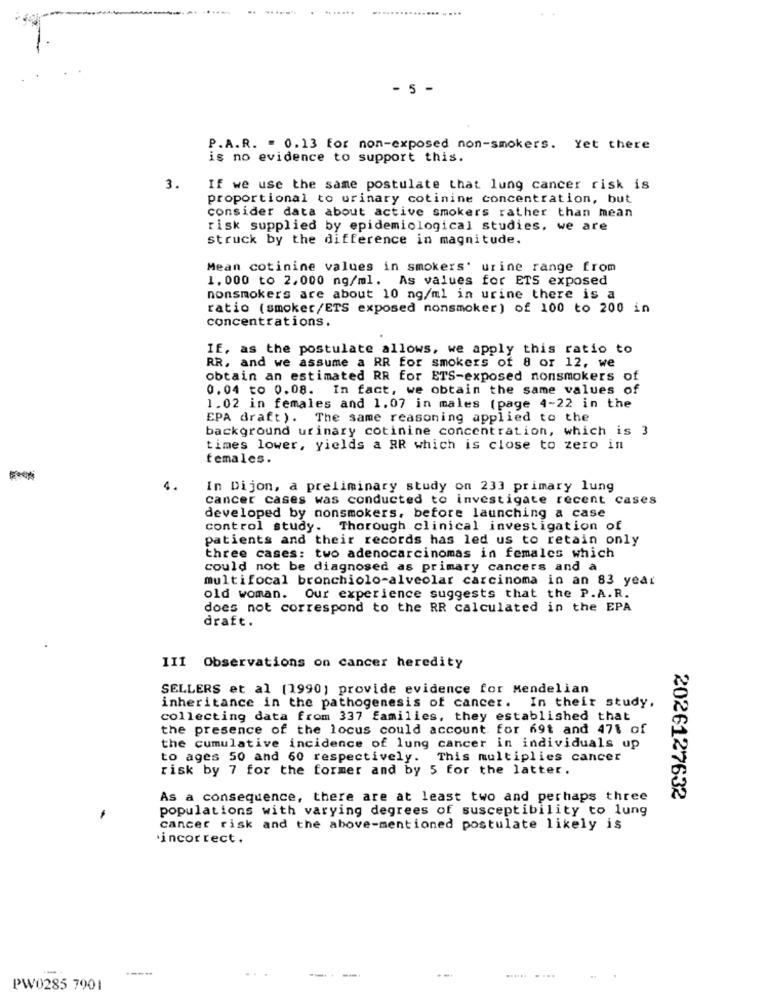
- 5 -
P.A.R. - 0.13 for non-exposed non-smokers. Yet there
is no evidence to support this.
3.
If we use the same postulate that lung cancer risk is
proportional to urinary cotinine concentration, but
consider data about active smokers rather than mean
risk supplied by epidemiological studies, we are
struck by the difference in magnitude.
Mean cotinine values in smokers' urine range from
1. 000 to 2,000 ng/ml. As values for ETS exposed
nonsmokers are about 10 ng/ml in urine there is a
ratio (smoker/ETS exposed nonsmoker) of 100 to 200 in
concentrations.
If, as the postulate allows, we apply this ratio to
RR, and we assume a RR for smokers of 8 or 12, we
obtain an estimated RR for ETS-exposed nonsmokers of
0.04 to 0.08. In fact, we obtain the same values of
1.02 in females and 1.07 in males (page 4-22 in the
EPA draft). The same reasoning applied to the
background urinary cotinine concentration, which is 3
times lower, yields a RR which is close to zero in
females.
4.
In Dijon, a preliminary study on 233 primary lung
cancer cases was conducted to investigate recent cases
developed by nonsmokers, before launching a case
control study. Thorough clinical investigation of
patients and their records has led us to retain only
three cases: two adenocarcinomas in females which
could not be diagnosed as primary cancers and a
multifocal bronchiolo-alveolar carcinoma in an 83 year
old woman. Our experience suggests that the P.A.R.
does not correspond to the RR calculated in the EPA
draft.
III Observations on cancer heredity
SELLERS et al (1990) provide evidence for Mendelian
inheritance in the pathogenesis of cancer. In their study.
collecting data from 337 families, they established that
the presence of the locus could account for 69t and 471 of
the cumulative incidence of lung cancer in individuals up
to ages 50 and 60 respectively. This multiplies cancer
risk by 7 for the former and by 5 for the latter.
As a consequence, there are at least two and perhaps three
2026127632
populations with varying degrees of susceptibility to lung
cancer risk and the above-mentioned postulate likely is
incorrect .
----
PW0285 7901